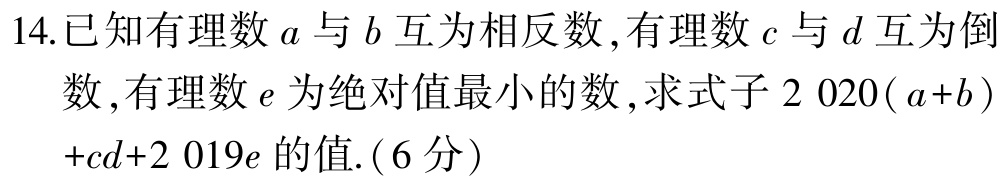
14.已知有理数\(a\)与\(b\)互为相反数,有理数\(c\)与\(d\)互为倒

数,有理数\(e\)为绝对值最小的数,求式子\(2020(a + b)+cd + 2019e\)的值.(6分)